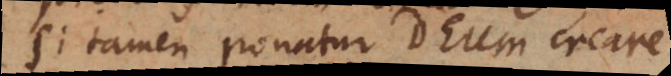
Si tamen ponatur Deum creare